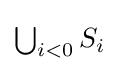
{\textstyle \bigcup _{i<0}S_{i}}